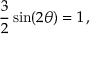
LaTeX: { \frac { 3 } { 2 } } \sin ( 2 \theta ) = 1 \, ,